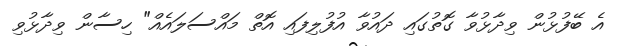
އެ ބޭފުޅުން ވިދާޅުވާ ގޮތުގައި ދައުވާ އުފުލިފައި އޮތް މައްސަލައެއް" ހިސާން ވިދާޅުވި